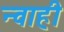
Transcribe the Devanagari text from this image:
न्वाही